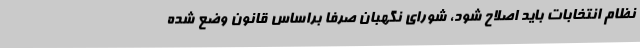
نظام انتخابات باید اصلاح شود، شورای نگهبان صرفا براساس قانون وضع شده